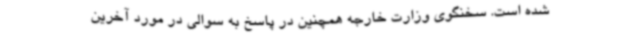
شده است. سخنگوی وزارت خارجه همچنین در پاسخ به سوالی در مورد آخرین